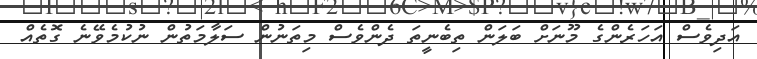
އަދިވެސް އަހަރެންގެ މޫނަށް ބަލަން ތިބެނީތަ ދެންވެސް މިތަނުން ސަލާމަތުން ނުކުމެވޭނެ ގޮތެއް